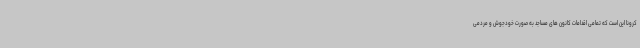
کرونا این است که تمامی اقدامات کانون های مساجد به صورت خودجوش و مردمی